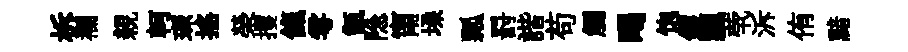
柝襴親軻琛搖榮攫餼雩甑隐甯垜瓢罸諧苟觸暍饱钁飄茕泝侑黯